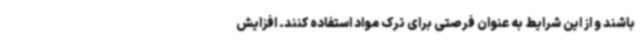
باشند و از این شرایط به عنوان فرصتی برای ترک مواد استفاده کنند. افزایش